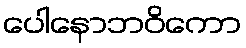
ပေါနောဘဝိကော